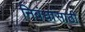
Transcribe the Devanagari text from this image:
निबंधांसाठी